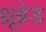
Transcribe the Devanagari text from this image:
थ्रूब्रेड